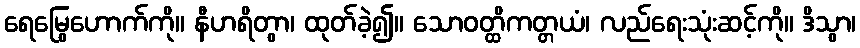
ရေမြွေဟောက်ကို။ နီဟရိတွာ၊ ထုတ်ခဲ့၍။ သောဝတ္ထိကတ္တယံ၊ လည်ရေးသုံးဆင့်ကို။ ဒိသွာ၊